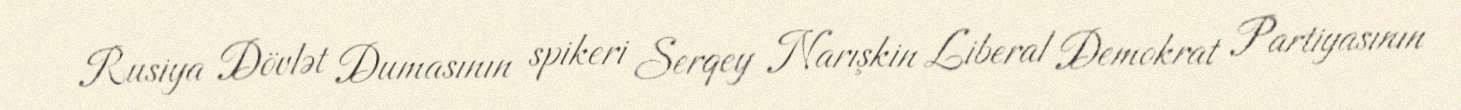
Rusiya Dövlət Dumasının spikeri Serqey Narışkin Liberal Demokrat Partiyasının